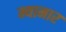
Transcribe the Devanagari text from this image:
म्यामार